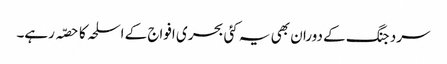
سرد جنگ کے دوران بھی یہ کئی بحری افواج کے اسلحہ کا حصّہ رہے۔